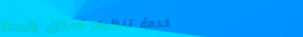
خدمة تنظيف المنازل والمطا